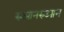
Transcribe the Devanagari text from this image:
रुआनरुआन